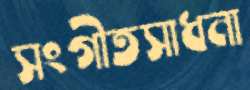
সংগীতসাধনা